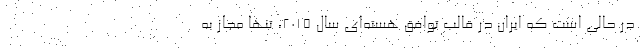
در حالی است که ایران در قالب توافق هسته‌ای سال ۲۰۱۵، تنها مجاز به